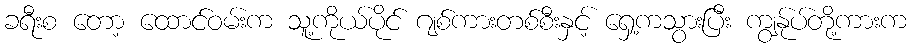
ခရီးစ တော့ ထောင်ဝမ်းက သူ့ကိုယ်ပိုင် ဂျစ်ကားတစ်စီးနှင့် ရှေ့ကသွားပြီး ကျွန်ုပ်တို့ကားက